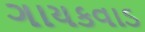
ગાયકવાડ